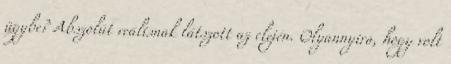
ügybe? Abszolút reálisnak látszott az elején. Olyannyira, hogy volt